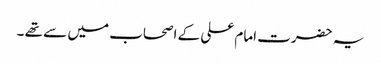
یہ حضرت امام علی کے اصحاب میں سے تھے ۔